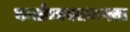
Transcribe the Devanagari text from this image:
कर्त्तव्यपरायणता